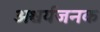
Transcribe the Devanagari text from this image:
अश्चर्यजनक